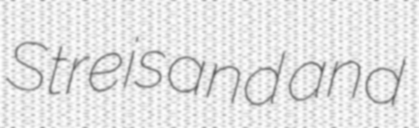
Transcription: Streisand and